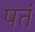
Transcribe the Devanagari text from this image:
पतं